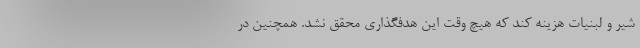
شیر و لبنیات هزینه کند که هیچ وقت این هدفگذاری محقق نشد. همچنین در